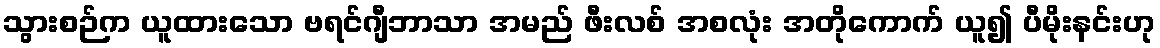
သွားစဉ်က ယူထားသော ဗရင်ဂျီဘာသာ အမည် ဖီးလစ် အစလုံး အတိုကောက် ယူ၍ ပီမိုးနင်းဟု